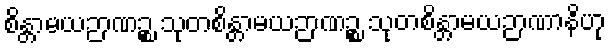
စိန္တာမယဉာဏဉ္စ သုတစိန္တာမယဉာဏဉ္စ သုတစိန္တာမယဉာဏာနိဟု